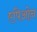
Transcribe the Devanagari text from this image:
एपिओन